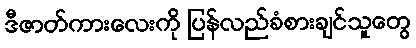
ဒီဇာတ်ကားလေးကို ပြန်လည်ခံစားချင်သူတွေ